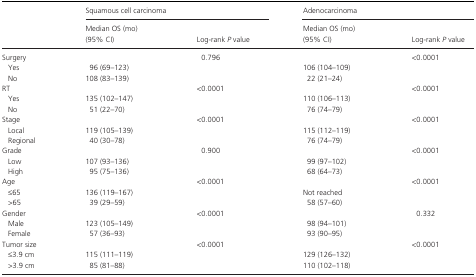
<table><thead><tr><td rowspan="2"></td><td colspan="2"><b>Squamous cell carcinoma</b></td><td colspan="2"><b>Adenocarcinoma</b></td></tr><tr><td><b>Median OS (mo)(95% CI)</b></td><td><b>Log‐rank <i>P</i> value</b></td><td><b>Median OS (mo)(95% CI)</b></td><td><b>Log‐rank <i>P</i> value</b></td></tr></thead><tbody><tr><td>Surgery</td><td> </td><td rowspan="3">0.796</td><td> </td><td rowspan="3">&lt;0.0001</td></tr><tr><td>Yes</td><td>96 (69–123)</td><td>106 (104–109)</td></tr><tr><td>No</td><td>108 (83–139)</td><td>22 (21–24)</td></tr><tr><td>RT</td><td> </td><td rowspan="3">&lt;0.0001</td><td> </td><td rowspan="3">&lt;0.0001</td></tr><tr><td>Yes</td><td>135 (102–147)</td><td>110 (106–113)</td></tr><tr><td>No</td><td>51 (22–70)</td><td>76 (74–79)</td></tr><tr><td>Stage</td><td> </td><td rowspan="3">&lt;0.0001</td><td> </td><td rowspan="3">&lt;0.0001</td></tr><tr><td>Local</td><td>119 (105–139)</td><td>115 (112–119)</td></tr><tr><td>Regional</td><td>40 (30–78)</td><td>76 (74–79)</td></tr><tr><td>Grade</td><td> </td><td rowspan="3">0.900</td><td> </td><td rowspan="3">&lt;0.0001</td></tr><tr><td>Low</td><td>107 (93–136)</td><td>99 (97–102)</td></tr><tr><td>High</td><td>95 (75–136)</td><td>68 (64–73)</td></tr><tr><td>Age</td><td> </td><td rowspan="3">&lt;0.0001</td><td> </td><td rowspan="3">&lt;0.0001</td></tr><tr><td>≤65</td><td>136 (119–167)</td><td>Not reached</td></tr><tr><td>&gt;65</td><td>39 (29–59)</td><td>58 (57–60)</td></tr><tr><td>Gender</td><td> </td><td rowspan="3">&lt;0.0001</td><td> </td><td rowspan="3">0.332</td></tr><tr><td>Male</td><td>123 (105–149)</td><td>98 (94–101)</td></tr><tr><td>Female</td><td>57 (36–93)</td><td>93 (90–95)</td></tr><tr><td>Tumor size</td><td> </td><td rowspan="3">&lt;0.0001</td><td> </td><td rowspan="3">&lt;0.0001</td></tr><tr><td>≤3.9 cm</td><td>115 (111–119)</td><td>129 (126–132)</td></tr><tr><td>&gt;3.9 cm</td><td>85 (81–88)</td><td>110 (102–118)</td></tr></tbody></table>